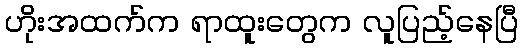
ဟိုးအထက်က ရာထူးတွေက လူပြည့်နေပြီ